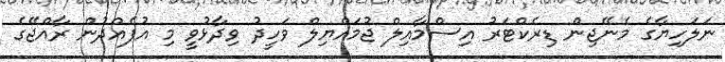
ނަލަހިޔާގެ މެނޭޖިން ޑިރެކްޓަރު އިސްމާއިލް ޖުމައްޔިލް ވަހީދު ވިދާޅުވީ މި އުފެއްދުން ރާއްޖޭގެ